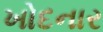
ખોદનાર